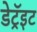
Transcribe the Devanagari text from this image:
डेट्रॅइट